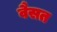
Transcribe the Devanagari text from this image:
वैसत